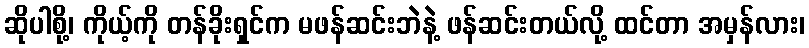
ဆိုပါစို့၊ ကိုယ့်ကို တန်ခိုးရှင်က မဖန်ဆင်းဘဲနဲ့ ဖန်ဆင်းတယ်လို့ ထင်တာ အမှန်လား၊